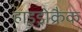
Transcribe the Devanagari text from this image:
हाइड्रोक्रैक